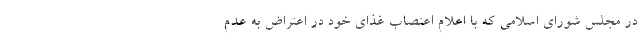
در مجلس شورای اسلامی که با اعلام اعتصاب غذای خود در اعتراض به عدم